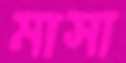
মাসা